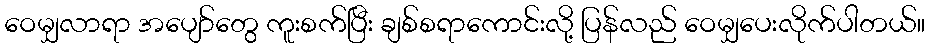
ဝေမျှလာရာ အပျော်တွေ ကူးစက်ပြီး ချစ်စရာကောင်းလို့ ပြန်လည် ဝေမျှပေးလိုက်ပါတယ်။